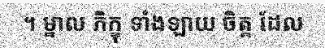
។ ម្នាល ភិក្ខុ ទាំងឡាយ ចិត្ត ដែល